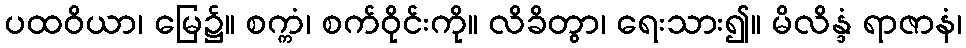
ပထဝိယာ၊ မြေ၌။ စက္ကံ၊ စက်ဝိုင်းကို။ လိခိတွာ၊ ရေးသား၍။ မိလိန္ဒံ ရာဇာနံ၊